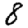
Digit: 8